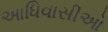
આધિવાસીઓ